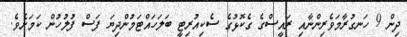
ދިން 9 ހަނގުރާމަވެރިންނާއި ރައީސްގެ ގެކޮޅުގެ ސެކިއުރިޓީ ބަލަހައްޓަމުންދިޔަ ފަސް ފުލުހުން ކަމަށެވެ.